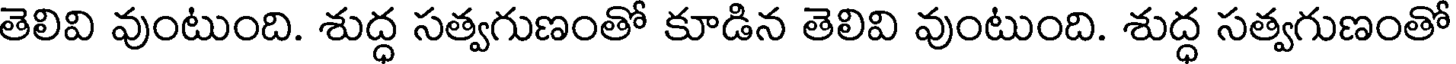
తెలివి వుంటుంది. శుద్ధ సత్వగుణంతో కూడిన తెలివి వుంటుంది. శుద్ధ సత్వగుణంతో